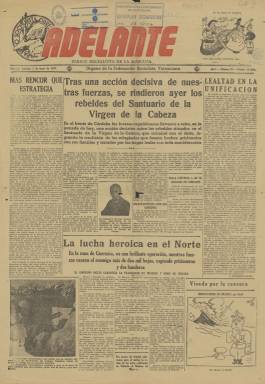
Título: Adelante (Valencia)
Colección: Periódicos || Socialismo
Ámbito geográfico: Valencia
Lugar de publicación: Valencia
Fechas: 01/01/1937-31/12/1937

Diario socialista de la mañana es el subtítulo de este periódico que comienza a publicarse en Valencia el dos de febrero de 1937, con la indicación de que es “órgano de la Federación Socialista Valenciana”. Será impreso en los talleres del Diario de Valencia, que desde 1911 era órgano del Partido Carlista, y habían sido previamente incautados por el Frente Popular (Brines 2002). Su primer director fue el periodista, diputado, secretario del Ateneo Mercantil de Valencia y secretario de la Federación Socialista Valenciana (1936-1939) Isidro Escandell Úbeda (1895-1940), quien sería fusilado en las tapias del Cementerio de Paterna por la dictadura franquista.

Fue un periódico de entre seis y cuatro páginas, compuesto hasta en siete columnas, con su título, tanto en la primera como en la última, estampado en tinta roja, y con el anagrama del Partido Socialista Obrero Español en su cabecera. Publica editoriales y artículos, así como noticias sobre el desarrollo de la guerra civil española, especialmente de los frentes de batalla, pero también otras procedentes de la retaguardia, entre las que se encuentran las de carácter local, como las emanadas del Consejo Municipal de Valencia, así como otras de actualidad internacional.

Entre sus secciones, además de una Crónica internacional, que se publica en su última plana, tiene la de Partes oficiales de guerra, Kiosco de periódicos (revista de prensa), así como la de Deportes, Espectáculos públicos y la de Cartelera local. Publica también reportajes y dedica a veces una plana bajo el epígrafe El Campo (sobre la reforma agraria). Además inserta lemas y consignas, así como abundante publicidad comercial.

Según el cuadro que publica en su primera plana, su redactor jefe fue el periodista de origen sefardí Marcelo Jover Navarro (1912), y sus redactores, Miguel Sánchez Perales, Cástulo Carrasco y Vicente Vidal Corella (1905-1992), a quien se le atribuye también la dirección del diario en algún momento.

Además de fotograbados de actualidad, contará con una sección, en su primera plana, de humor gráfico, firmada por Bluff, es decir, el dibujante madrileño Carlos Gómez Carrera (1903-1940), que en junio de 1940 sería también fusilado en el cementerio de Paterna, tras ser condenado por un par de viñetas que había publicado ese mismo año en el semanario Redención, editado para la redención de los presos políticos en la cárcel en la que estaba internado, y cuya figura ha sido recuperada por Lamberto Ortiz Torrero. Después la sección de humor gráfico de Adelante la firmará el dibujante, cartelista y caricaturista de filiación socialista Francisco Rivero Gil (1899-1972), quien tras la guerra se exilió en América. Por otra parte, el diario indicaba que estaba visado por la censura, que no era otra que la establecida durante la guerra.

Bajo la dirección de Escandell fue “fervorosamente caballerista, pero tras dejar Francisco Largo Caballero (1869-1946) la presidencia del Gobierno, a partir de julio de 1937 será dirigido por el también periodista y político socialista Francisco Cruz Salido (1898), que también sería ejecutado, en 1940, en el cementerio de La Almudena, de Madrid. El diario pasaría entonces a ser afín al sector prietista y a apoyar al gobierno presidido por Juan Negrín (1892-1956). Su último director fue el periodista, escritor y poeta Eduardo Buil Navarro (1898-1973), que también presidía la Asociación de la Prensa de Valencia (Sindicato Profesional de Periodistas) y tras la guerra se exilió y sufrió internamiento en campos de concentración.

A partir del tres de septiembre de 1937 su subtítulo es “órgano del Partido Socialista Obrero Español”, y las restricciones del cupo de papel le afectaron sobremanera, por lo que a partir de abril de 1938 redujo su formato y número de planas (Chust Calero: 2003).

El último número que se conoce de este título es el 679, correspondiente al 28 de marzo de 1939. Los seis números de los que consta su colección en la Biblioteca Nacional de España son duplicados procedentes de la Biblioteca de la Universitat de Barcelona y de la Fundación Pablo Iglesias. Entre ellos, se encuentra el número 101, de 29 de mayo de 1937, en cuya primera plana aparece la Carta de París bajo el epígrafe Actualidad de Cervantes, firmada por el escritor Max Aub (1903-1972). Otra referencia bibliográfica de la prensa valenciana durante la guerra civil es la de J. Tomás Villarroya (1972).